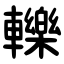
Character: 轢